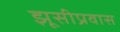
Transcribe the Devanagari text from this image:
झूसीप्रवास